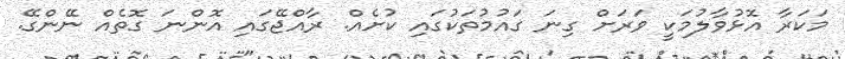
މަކަރާ އޮޅުވާލުމަކީ ވަރަށް ގިނަ ގައުމުތަކުގައި ކުށެއް. ރާއްޖޭގައި އޮންނަ ގޮތެއް ނޭންގޭ.